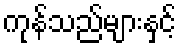
ကုန်သည်များနှင့်